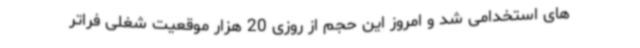
های استخدامی شد و امروز این حجم از روزی 20 هزار موقعیت شغلی فراتر